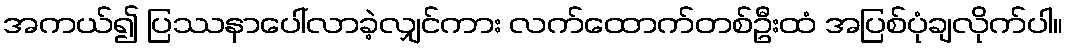
အကယ်၍ ပြဿနာပေါ်လာခဲ့လျှင်ကား လက်ထောက်တစ်ဦးထံ အပြစ်ပုံချလိုက်ပါ။